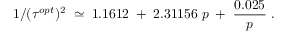
1 / ( \tau ^ { o p t } ) ^ { 2 } \; \simeq \; 1 . 1 6 1 2 \; + \; 2 . 3 1 1 5 6 \; p \; + \; { \frac { 0 . 0 2 5 } { p } } \; .